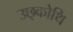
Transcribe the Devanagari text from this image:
उछ्कोथि